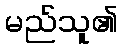
မည်သူ၏